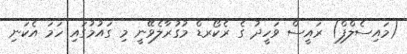
(މައިސެލްފް) ރައީސް ވަހީދު ގެ ރެކޯރޑް މުގުރާލެވޭނީ މި ގައުމުގައި ހަމަ އެކަނި